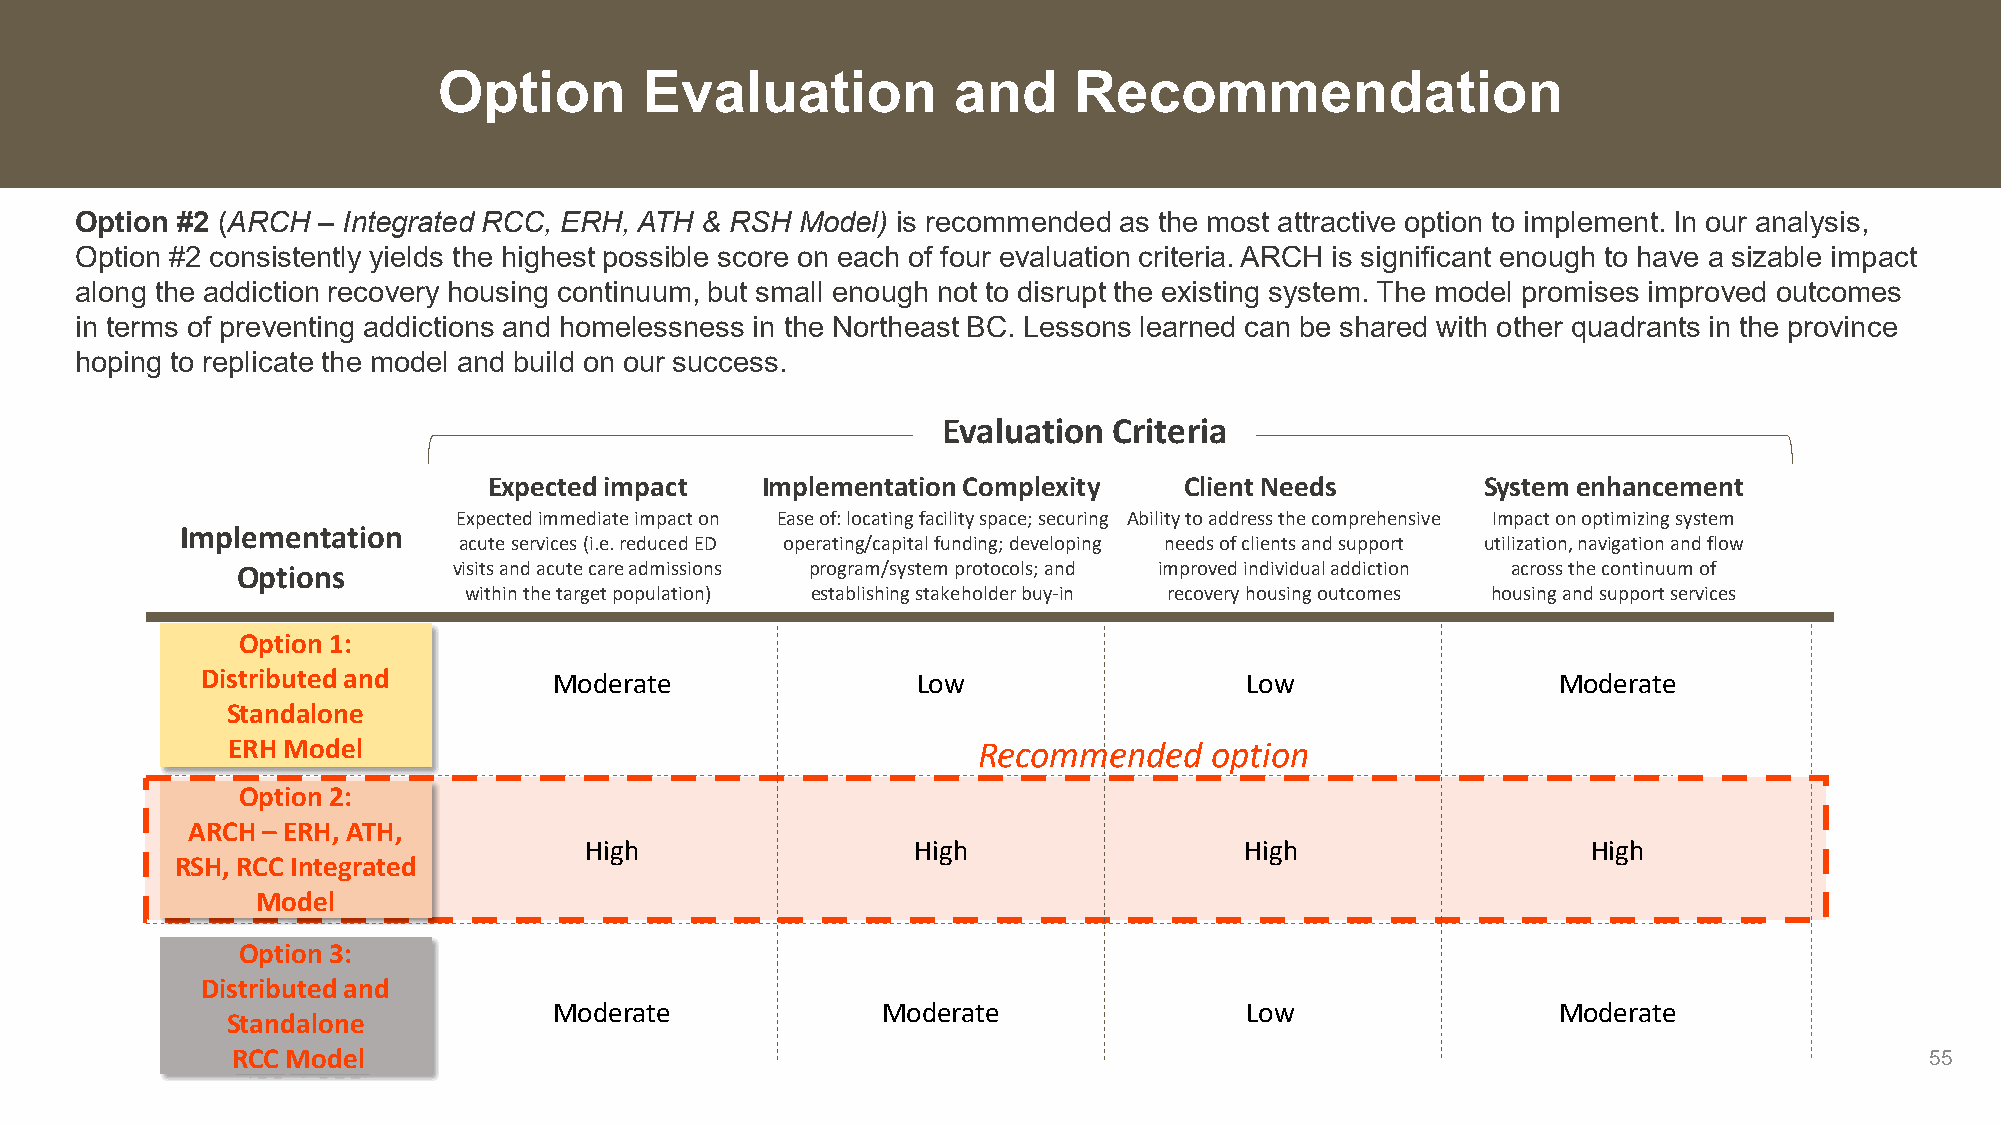
Option        Evaluation          and     Recommendation
 Option #2 (ARCH – Integrated RCC, ERH, ATH & RSH Model) is recommended as the most attractive option to implement. In our analysis,
 Option #2 consistently yields the highest possible score on each of four evaluation criteria. ARCH is significant enough to have a sizable impact
 along the addiction recovery housing continuum, but small enough not to disrupt the existing system. The model promises improved outcomes
 in terms of preventing addictions and homelessness in the Northeast BC. Lessons learned can be shared with other quadrants in the province
 hoping to replicate the model and build on our success.
 Evaluation  Criteria
 Expected impact   Implementation Complexity   Client Needs        System enhancement
 Expected immediate impact on Ease of: locating facility space; securing Ability to address the comprehensive Impact on optimizing system
 Implementation
 acute services (i.e. reduced ED operating/capital funding; developing needs of clients and support utilization, navigation and flow
 Options       visits and acute care admissions program/system protocols; and improved individual addiction across the continuum of
 within the target population) establishing stakeholder buy-in recovery housing outcomes housing and support services
 Option 1:
 Distributed and         Moderate                Low                  Low                  Moderate
 Standalone
 ERH Model                                         Recommended    option
 Option 2:
 ARCH – ERH, ATH,
 High                 High                  High                   High
 RSH, RCC Integrated
 Model
 Option 3:
 Distributed and
 Moderate             Moderate                Low                  Moderate
 Standalone
 RCC Model                                                                                                        55